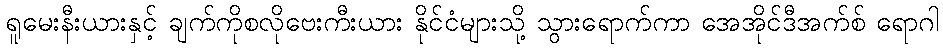
ရူမေးနီးယားနှင့် ချက်ကိုစလိုဗေးကီးယား နိုင်ငံများသို့ သွားရောက်ကာ အေအိုင်ဒီအက်စ် ရောဂါ